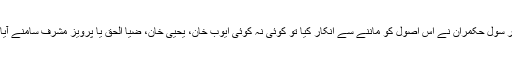
لیکن کئی دہائیوں سے فوج نے یہ بوجھ اپنے کندھوں پر اٹھا رکھا ہے اور جب بھی کسی خود سر سول حکمران نے اس اصول کو ماننے سے انکار کیا تو کوئی نہ کوئی ایوب خان، یحییٰ خان، ضیا الحق یا پرویز مشرف سامنے آیا اور طویل مدت کے لئے سویلین جمہوری انتظام اور آئینی طریقہ کار کا راستہ مسدود کردیا گیا۔